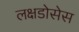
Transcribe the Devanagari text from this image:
लक्षडोसेस